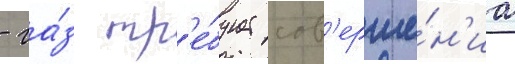
- га́з тр'е́бует сов'ерше́н'иа